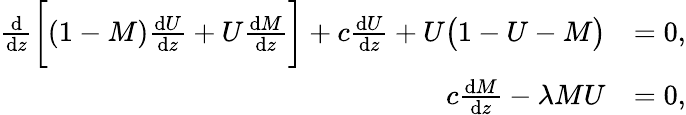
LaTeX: \begin{array}{rl}{\frac{\mathrm{d}}{\mathrm{d}z}\bigg[(1-M)\frac{\mathrm{d}U}{\mathrm{d}z}+U\frac{\mathrm{d}M}{\mathrm{d}z}\bigg]+c\frac{\mathrm{d}U}{\mathrm{d}z}+U\big(1-U-M\big)}&{=0,}\\ {c\frac{\mathrm{d}M}{\mathrm{d}z}-\lambda MU}&{=0,}\end{array}